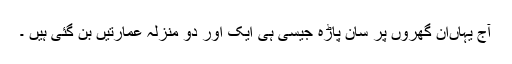
آج یہاںان گھروں پر سان پاڑہ جیسی ہی ایک اور دو منزلہ عمارتیں بن گئی ہیں ۔